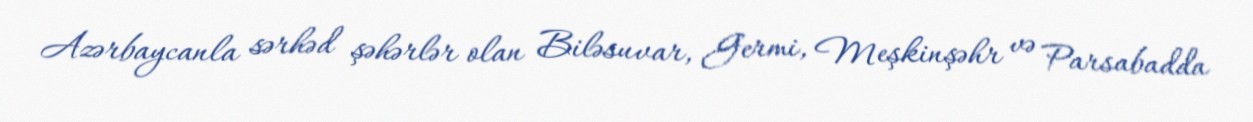
Azərbaycanla sərhəd şəhərlər olan Biləsuvar, Germi, Meşkinşəhr və Parsabadda